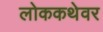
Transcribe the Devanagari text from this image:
लोककथेवर